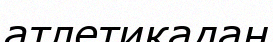
атлетикадан